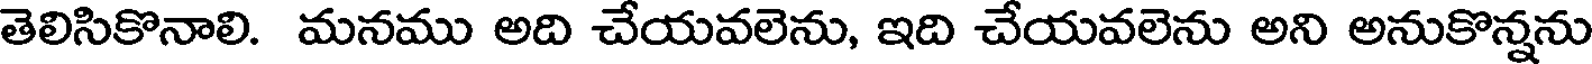
తెలిసికొనాలి. మనము అది చేయవలెను, ఇది చేయవలెను అని అనుకొన్నను